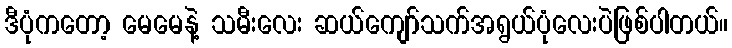
ဒီပုံကတော့ မေမေနဲ့ သမီးလေး ဆယ်ကျော်သက်အရွယ်ပုံလေးပဲဖြစ်ပါတယ်။